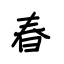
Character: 春